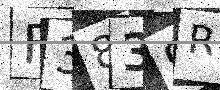
Text: F3839R